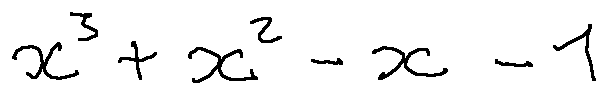
x ^ { 3 } + x ^ { 2 } - x - 1